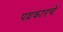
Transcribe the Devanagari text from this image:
पव्रकारचे